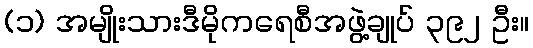
(၁) အမျိုးသားဒီမိုကရေစီအဖွဲ့ချုပ် ၃၉၂ ဦး။